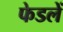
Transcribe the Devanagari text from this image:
फेडलें